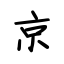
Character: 京